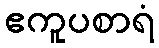
ဧကူပစာရံ